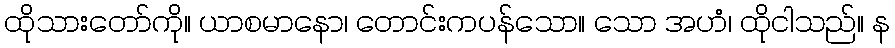
ထိုသားတော်ကို။ ယာစမာနော၊ တောင်းကပန်သော။ သော အဟံ၊ ထိုငါသည်။ န